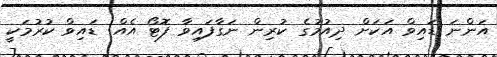
އަންނަ ޑައިވް އަކަށް ދިއުމުގެ ކުރިން ނަގާފައިވާ ފޮޓޯ އެއް: ޑައިވް ކުރުމަކީ